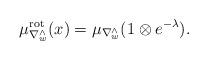
LaTeX: \begin{align*}\mu_{\nabla^\wedge_w}^{\mathrm{rot}}(x)=\mu_{\nabla^\wedge_w}(1 \otimes e^{-\lambda}).\end{align*}